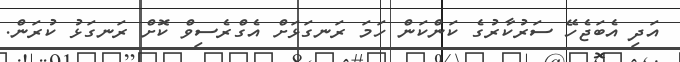
އަދި އެބަޖެހޭ ސަރުކާރުގެ ކަންކަން ހަމަ ރަނގަޅަށް އެގްރެސިވް ކޮށް ރަނގަޅު ކުރަން.